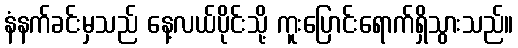
နံနက်ခင်းမှသည် နေ့လယ်ပိုင်းသို့ ကူးပြောင်းရောက်ရှိသွားသည်။